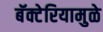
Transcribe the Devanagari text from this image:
बॅक्टेरियामुळे